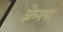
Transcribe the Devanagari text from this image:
क्रेशा